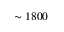
\sim 1 8 0 0